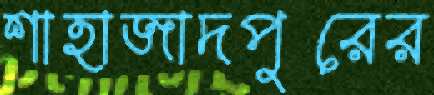
শাহাজাদপুরের